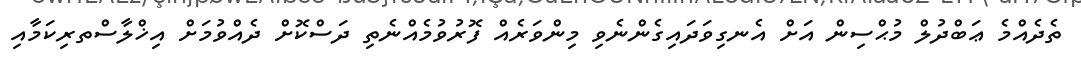
ތެދެއްމެ ޢަބްދުލް މުޙްސިން އަށް އެނގިވަދައިގެންނެވި މިންވަރެއް ފޮރުވުމެއްނެތި ދަސްކޮށް ދެއްވުމަށް އިޚްލާސްތރިކަމާއި